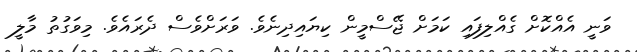
ވަނީ އެެއްކޮށް ގެއްލިފައި ކަަމަށް ޖޭސްމީން ކިޔައިދިނެވެެ. ވަރަށްވެސް ދެރައެވެ. މިވަގުތު މާލީ